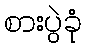
စားပွဲခုံ